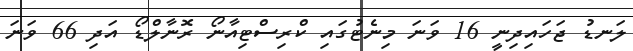
ލަނޑު ޖަހައިދިނީ 16 ވަނަ މިނެޓުގައި ކްރިސްޓިއާނޯ ރޮނާލްޑޯ އަދި 66 ވަނަ